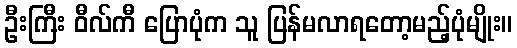
ဦးကြီး ဝီလ်ကီ ပြောပုံက သူ ပြန်မလာရတော့မည့်ပုံမျိုး။